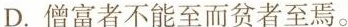
D.僧富者不能至而贫者至焉。